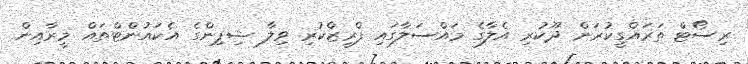
ރިސޯޓް ތަރައްގީކުރަން ދޫކުރި އެލާގެ މައްސަލާގައި ފްރީޒްކުރި ވިލާ ޝިޕިންގެ އެކައުންޓްތައް މީރާއިން